Indian journal of veterinary science and animal husbandry - Volume 10,
Year: 1940
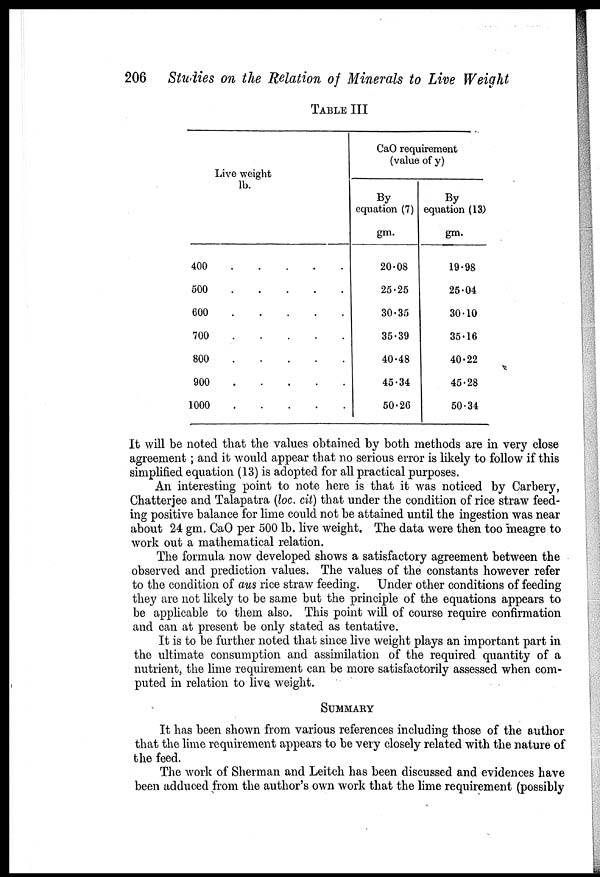
206 Studies on the Relation of Minerals to Live Weight
TABLE III
Live weight
lb.
400 . . . . .
500 . . . . .
600 . . . . .
700 . . . . .
800 . . . . .
900 . . . . .
1000 . . . . .
CaO requirement
(value of y)
By
equation (7)
gm.
20.08
25.25
30.35
35.39
40.48
45.34
50.26
By
equation (13)
gm.
19.98
25.04
30.10
35.16
40.22
45.28
50.34
It will be noted that the values obtained by both methods are in very close
agreement ; and it would appear that no serious error is likely to follow if this
simplified equation (13) is adopted for all practical purposes.
An interesting point to note here is that it was noticed by Carbery,
Chatterjee and Talapatra (loc. cit) that under the condition of rice straw feed-
ing positive balance for lime could not be attained until the ingestion was near
about 24 gm. CaO per 500 lb. live weight. The data were then too meagre to
work out a mathematical relation.
The formula now developed shows a satisfactory agreement between the
observed and prediction values. The values of the constants however refer
to the condition of aus rice straw feeding. Under other conditions of feeding
they are not likely to be same but the principle of the equations appears to
be applicable to them also. This point will of course require confirmation
and can at present be only stated as tentative.
It is to be further noted that since live weight plays an important part in
the ultimate consumption and assimilation of the required quantity of a
nutrient, the lime requirement can be more satisfactorily assessed when com-
puted in relation to live weight.
SUMMARY
It has been shown from various references including those of the author
that the lime requirement appears to be very closely related with the nature of
the feed.
The work of Sherman and Leitch has been discussed and evidences have
been adduced from the author's own work that the lime requirement (possibly